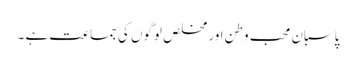
پاسبان محب وطن اور مخلص لوگوں کی جماعت ہے ۔